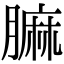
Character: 𦟟